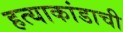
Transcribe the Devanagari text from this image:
हत्याकांडाची